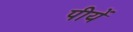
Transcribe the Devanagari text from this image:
पीयें